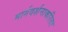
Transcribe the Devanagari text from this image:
मार्गदर्शनाकरिता